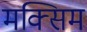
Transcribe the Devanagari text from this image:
मक्सिम